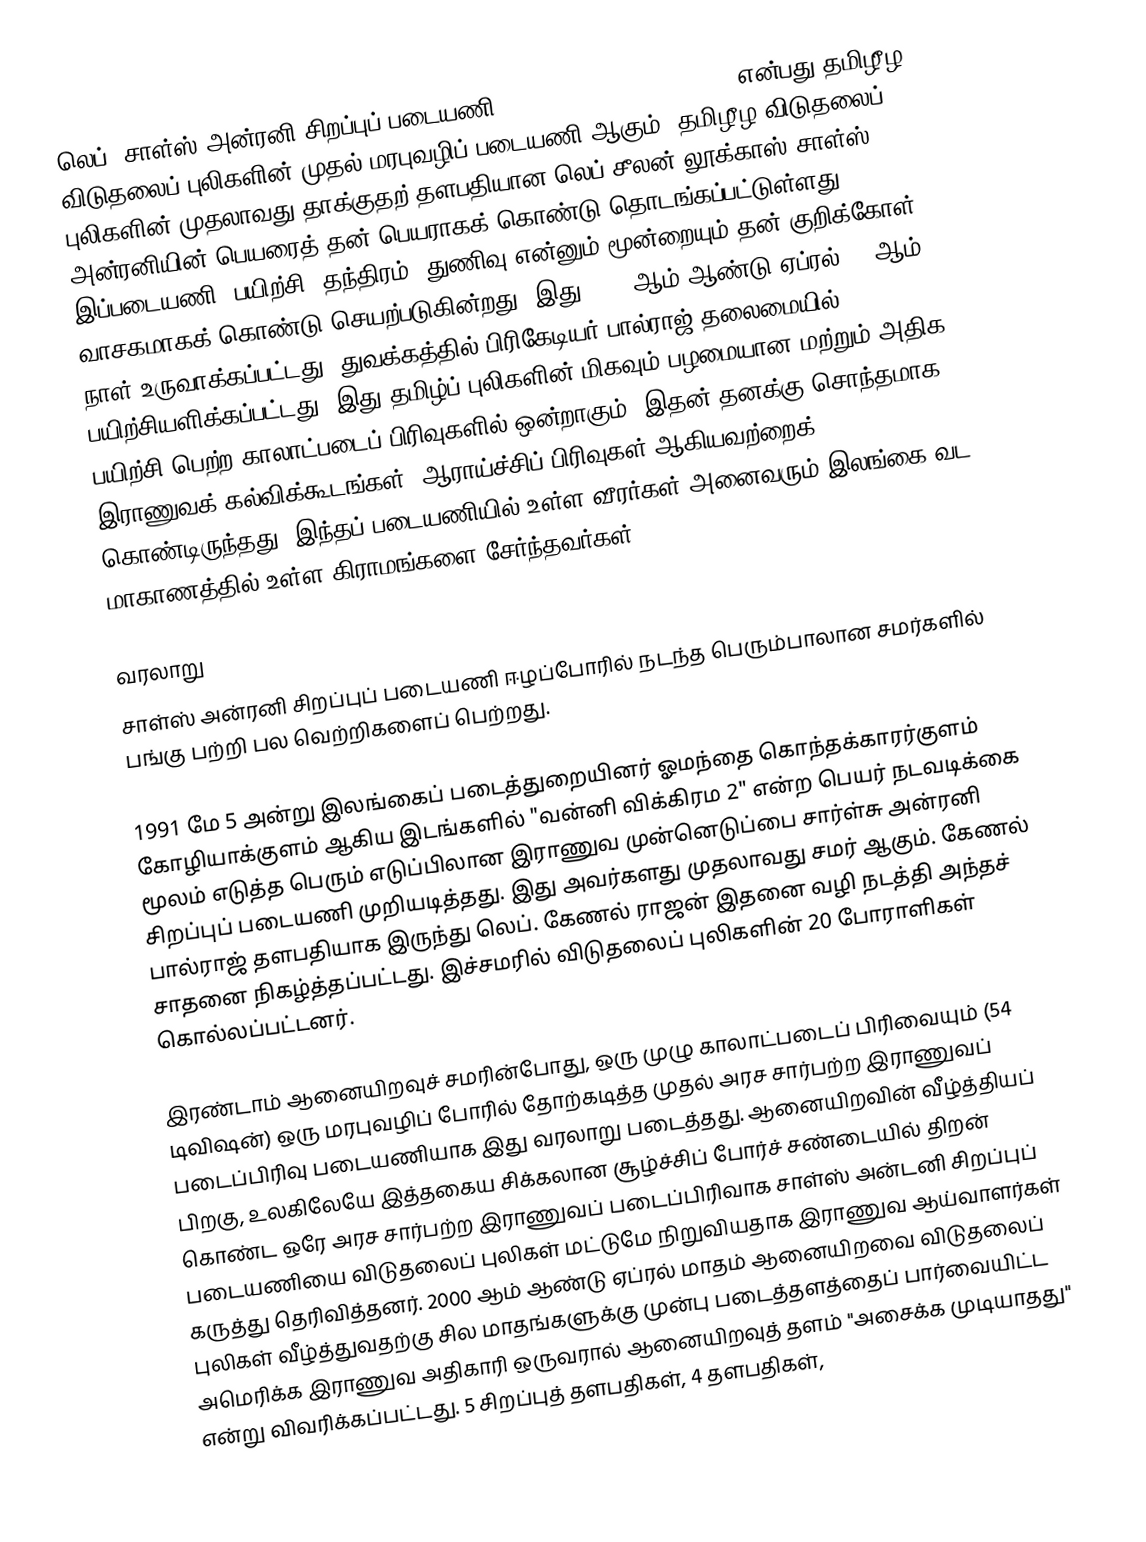
லெப். சாள்ஸ் அன்ரனி சிறப்புப் படையணி (Charles Anthony Brigade) என்பது தமிழீழ விடுதலைப் புலிகளின் முதல் மரபுவழிப் படையணி ஆகும். தமிழீழ விடுதலைப் புலிகளின் முதலாவது தாக்குதற் தளபதியான லெப்.சீலன் லூக்காஸ் சாள்ஸ் அன்ரனியின் பெயரைத் தன் பெயராகக் கொண்டு தொடங்கப்பட்டுள்ளது. இப்படையணி, பயிற்சி, தந்திரம், துணிவு என்னும் மூன்றையும் தன் குறிக்கோள் வாசகமாகக் கொண்டு செயற்படுகின்றது. இது 1991 ஆம் ஆண்டு ஏப்ரல் 10 ஆம் நாள் உருவாக்கப்பட்டது. துவக்கத்தில் பிரிகேடியர் பால்ராஜ் தலைமையில் பயிற்சியளிக்கப்பட்டது. இது தமிழ்ப் புலிகளின் மிகவும் பழமையான மற்றும் அதிக பயிற்சி பெற்ற காலாட்படைப் பிரிவுகளில் ஒன்றாகும், இதன் தனக்கு சொந்தமாக இராணுவக் கல்விக்கூடங்கள், ஆராய்ச்சிப் பிரிவுகள் ஆகியவற்றைக் கொண்டிருந்தது. இந்தப் படையணியில் உள்ள வீரர்கள் அனைவரும் இலங்கை வட மாகாணத்தில் உள்ள கிராமங்களை சேர்ந்தவர்கள்.

வரலாறு
சாள்ஸ் அன்ரனி சிறப்புப் படையணி ஈழப்போரில் நடந்த பெரும்பாலான சமர்களில் பங்கு பற்றி பல வெற்றிகளைப் பெற்றது.

1991 மே 5 அன்று இலங்கைப் படைத்துறையினர் ஓமந்தை கொந்தக்காரர்குளம் கோழியாக்குளம் ஆகிய இடங்களில் "வன்னி விக்கிரம 2" என்ற பெயர் நடவடிக்கை மூலம் எடுத்த பெரும் எடுப்பிலான இராணுவ முன்னெடுப்பை சார்ள்சு அன்ரனி சிறப்புப் படையணி முறியடித்தது. இது அவர்களது முதலாவது சமர் ஆகும். கேணல் பால்ராஜ் தளபதியாக இருந்து லெப். கேணல் ராஜன் இதனை வழி நடத்தி அந்தச் சாதனை நிகழ்த்தப்பட்டது. இச்சமரில் விடுதலைப் புலிகளின் 20 போராளிகள் கொல்லப்பட்டனர்.

இரண்டாம் ஆனையிறவுச் சமரின்போது, ஒரு முழு காலாட்படைப் பிரிவையும் (54 டிவிஷன்) ஒரு மரபுவழிப் போரில் தோற்கடித்த முதல் அரச சார்பற்ற இராணுவப் படைப்பிரிவு படையணியாக இது வரலாறு படைத்தது. ஆனையிறவின் வீழ்த்தியப் பிறகு, உலகிலேயே இத்தகைய சிக்கலான சூழ்ச்சிப் போர்ச் சண்டையில் திறன் கொண்ட ஒரே அரச சார்பற்ற இராணுவப் படைப்பிரிவாக சாள்ஸ் அன்டனி சிறப்புப் படையணியை விடுதலைப் புலிகள் மட்டுமே நிறுவியதாக இராணுவ ஆய்வாளர்கள் கருத்து தெரிவித்தனர். 2000 ஆம் ஆண்டு ஏப்ரல் மாதம்  ஆனையிறவை விடுதலைப் புலிகள் வீழ்த்துவதற்கு சில மாதங்களுக்கு முன்பு படைத்தளத்தைப் பார்வையிட்ட அமெரிக்க இராணுவ அதிகாரி ஒருவரால் ஆனையிறவுத் தளம் "அசைக்க முடியாதது" என்று விவரிக்கப்பட்டது. 5 சிறப்புத் தளபதிகள், 4 தளபதிகள்,